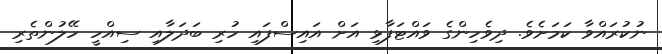
ނުކުރައްވާ ކަމަށެވެ. ދިވެހިންގެ ވައްޓަފާޅި އަށް އައިސްފައި ހުރި ބަދަލާއި ސިއްހީ ހޭލުންތެރި